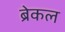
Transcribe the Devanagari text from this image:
ब्रेकल